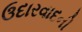
ઉદારવાદની